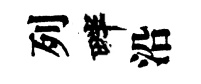
列畔沿